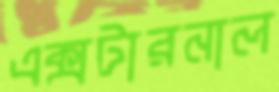
এক্সটারনাল